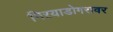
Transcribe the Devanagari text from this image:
मिऱयाडोगरावर